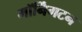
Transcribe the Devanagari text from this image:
मॉर्निंगटन